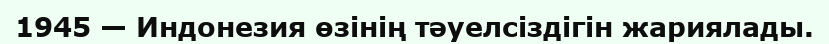
1945 — Индонезия өзінің тәуелсіздігін жариялады.